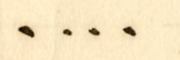
....